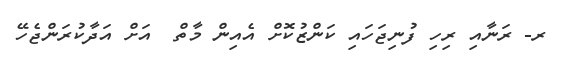
ރ- ރަނާއި ރިހި ފުނިޖަހައި ކަންޒުކޮށް އެއިން މާތް  އަށް އަދާކުރަންޖެހޭ